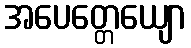
အပေတ္တေယျော